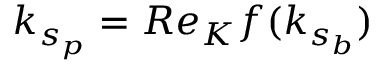
k _ { s _ { p } } = R e _ { K } f ( k _ { s _ { b } } )